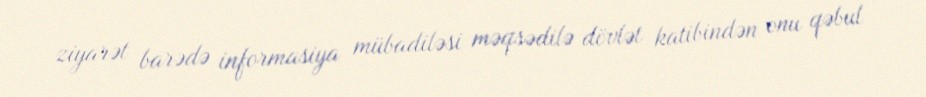
ziyarət barədə informasiya mübadiləsi məqsədilə dövlət katibindən onu qəbul